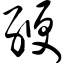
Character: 缏